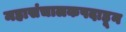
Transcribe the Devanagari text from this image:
महासंचालकपदाहून